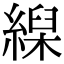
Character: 𦃨